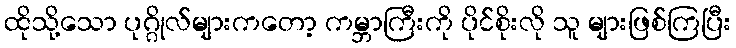
ထိုသို့သော ပုဂ္ဂိုလ်များကတော့ ကမ္ဘာကြီးကို ပိုင်စိုးလို သူ များဖြစ်ကြပြီး